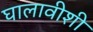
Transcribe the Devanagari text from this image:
घालावीशी